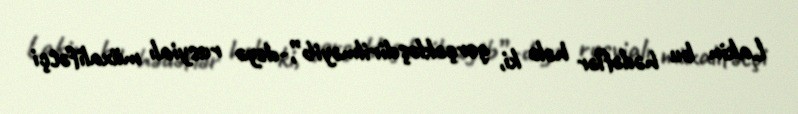
Lakin bu hədəflər hələ ki, gerçəkləşdirilməyib”,-deyə rusyialı müxalifətçi